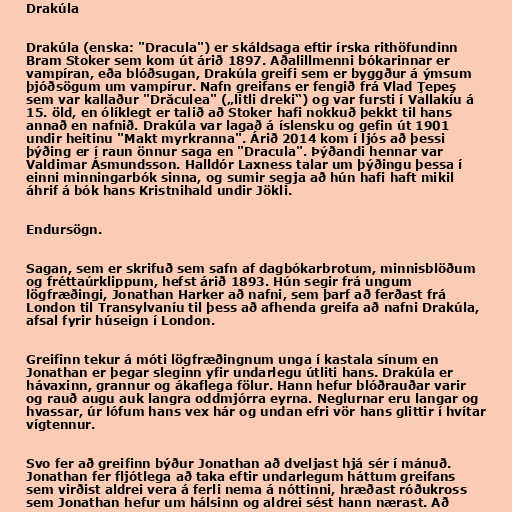
Drakúla

Drakúla (enska: "Dracula") er skáldsaga eftir írska rithöfundinn
Bram Stoker sem kom út árið 1897. Aðalillmenni bókarinnar er
vampíran, eða blóðsugan, Drakúla greifi sem er byggður á ýmsum
þjóðsögum um vampírur. Nafn greifans er fengið frá Vlad Ţepeş
sem var kallaður "Drăculea" („litli dreki“) og var fursti í Vallakíu á
15. öld, en ólíklegt er talið að Stoker hafi nokkuð þekkt til hans
annað en nafnið. Drakúla var lagað á íslensku og gefin út 1901
undir heitinu "Makt myrkranna". Árið 2014 kom í ljós að þessi
þýðing er í raun önnur saga en "Dracula". Þýðandi hennar var
Valdimar Ásmundsson. Halldór Laxness talar um þýðingu þessa í
einni minningarbók sinna, og sumir segja að hún hafi haft mikil
áhrif á bók hans Kristnihald undir Jökli.

Endursögn.

Sagan, sem er skrifuð sem safn af dagbókarbrotum, minnisblöðum
og fréttaúrklippum, hefst árið 1893. Hún segir frá ungum
lögfræðingi, Jonathan Harker að nafni, sem þarf að ferðast frá
London til Transylvaníu til þess að afhenda greifa að nafni Drakúla,
afsal fyrir húseign í London.

Greifinn tekur á móti lögfræðingnum unga í kastala sínum en
Jonathan er þegar sleginn yfir undarlegu útliti hans. Drakúla er
hávaxinn, grannur og ákaflega fölur. Hann hefur blóðrauðar varir
og rauð augu auk langra oddmjórra eyrna. Neglurnar eru langar og
hvassar, úr lófum hans vex hár og undan efri vör hans glittir í hvítar
vígtennur.

Svo fer að greifinn býður Jonathan að dveljast hjá sér í mánuð.
Jonathan fer fljótlega að taka eftir undarlegum háttum greifans
sem virðist aldrei vera á ferli nema á nóttinni, hræðast róðukross
sem Jonathan hefur um hálsinn og aldrei sést hann nærast. Að